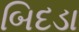
બિદડા